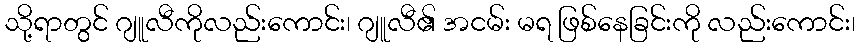
သို့ရာတွင် ဂျူလီကိုလည်းကောင်း၊ ဂျူလီ၏ အငမ်း မရ ဖြစ်နေခြင်းကို လည်းကောင်း၊